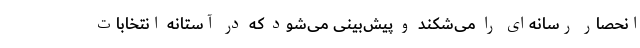
انحصار رسانه‌ای را می‌شکند و پیش‌بینی می‌شود که در آستانه انتخابات